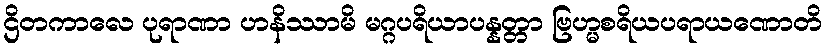
ဌိတကာလေ ပုရာဏာ ဟနိဿာမိ မဂ္ဂပရိယာပန္နတ္တာ ဗြဟ္မစရိယပရာယဏောတိ